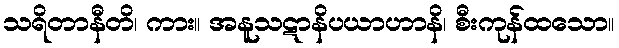
သရိတာနီတိ၊ ကား။ အနူသဋာနိပယာဟာနိ၊ စီးကုန်ထသော။